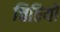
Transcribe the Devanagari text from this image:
चिठियो